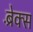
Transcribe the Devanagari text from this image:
ब्रे़क्स